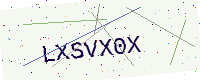
Text: LXSVX0X